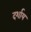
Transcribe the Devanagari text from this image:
दर्शाय